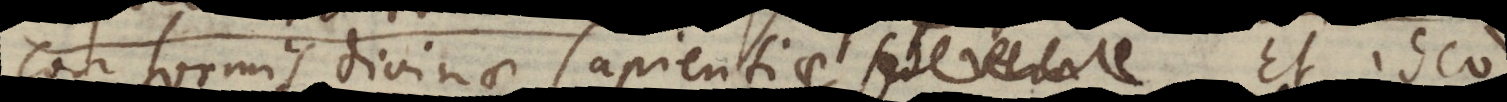
conformis Divinae sapientiae., sed vera Et ideo